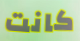
كانت